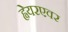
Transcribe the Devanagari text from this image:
ह्वेयरएवर